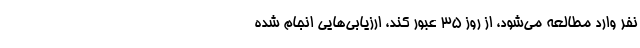
نفر وارد مطالعه می‌شود، از روز ۳۵ عبور کند، ارزیابی‌هایی انجام شده